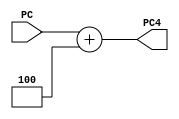
`timescale 1ns / 1ps

module PCPlus4 (PC,PC4);
    input [31:0] PC;
    output [31:0] PC4;
    
    assign PC4=PC+32'd4;

endmodule //PCPlus4